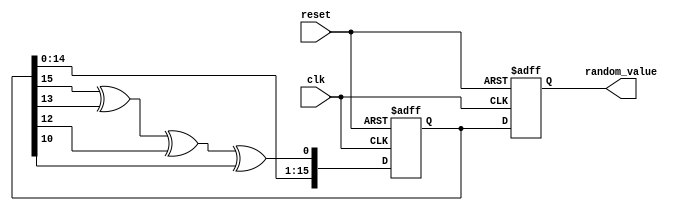
module RandomInitialization (
    input wire clk,
    input wire reset,
    output reg [15:0] random_value // Adjust size as needed
);

    // LFSR seed and feedback polynomial (for 16 bits)
    reg [15:0] lfsr;
    wire feedback;

    // Feedback calculation based on polynomial: x^16 + x^14 + x^13 + x^11 + 1
    assign feedback = lfsr[15] ^ lfsr[13] ^ lfsr[12] ^ lfsr[10];

    // Random value generation on clock edge
    always @(posedge clk or posedge reset) begin
        if (reset) begin
            // Reset the LFSR and random value
            lfsr <= 16'hACE1; // Example seed value
            random_value <= 16'b0;
        end else begin
            // Shift left and insert feedback bit
            lfsr <= {lfsr[14:0], feedback};
            random_value <= lfsr; // Output the current LFSR value as random value
        end
    end

endmodule